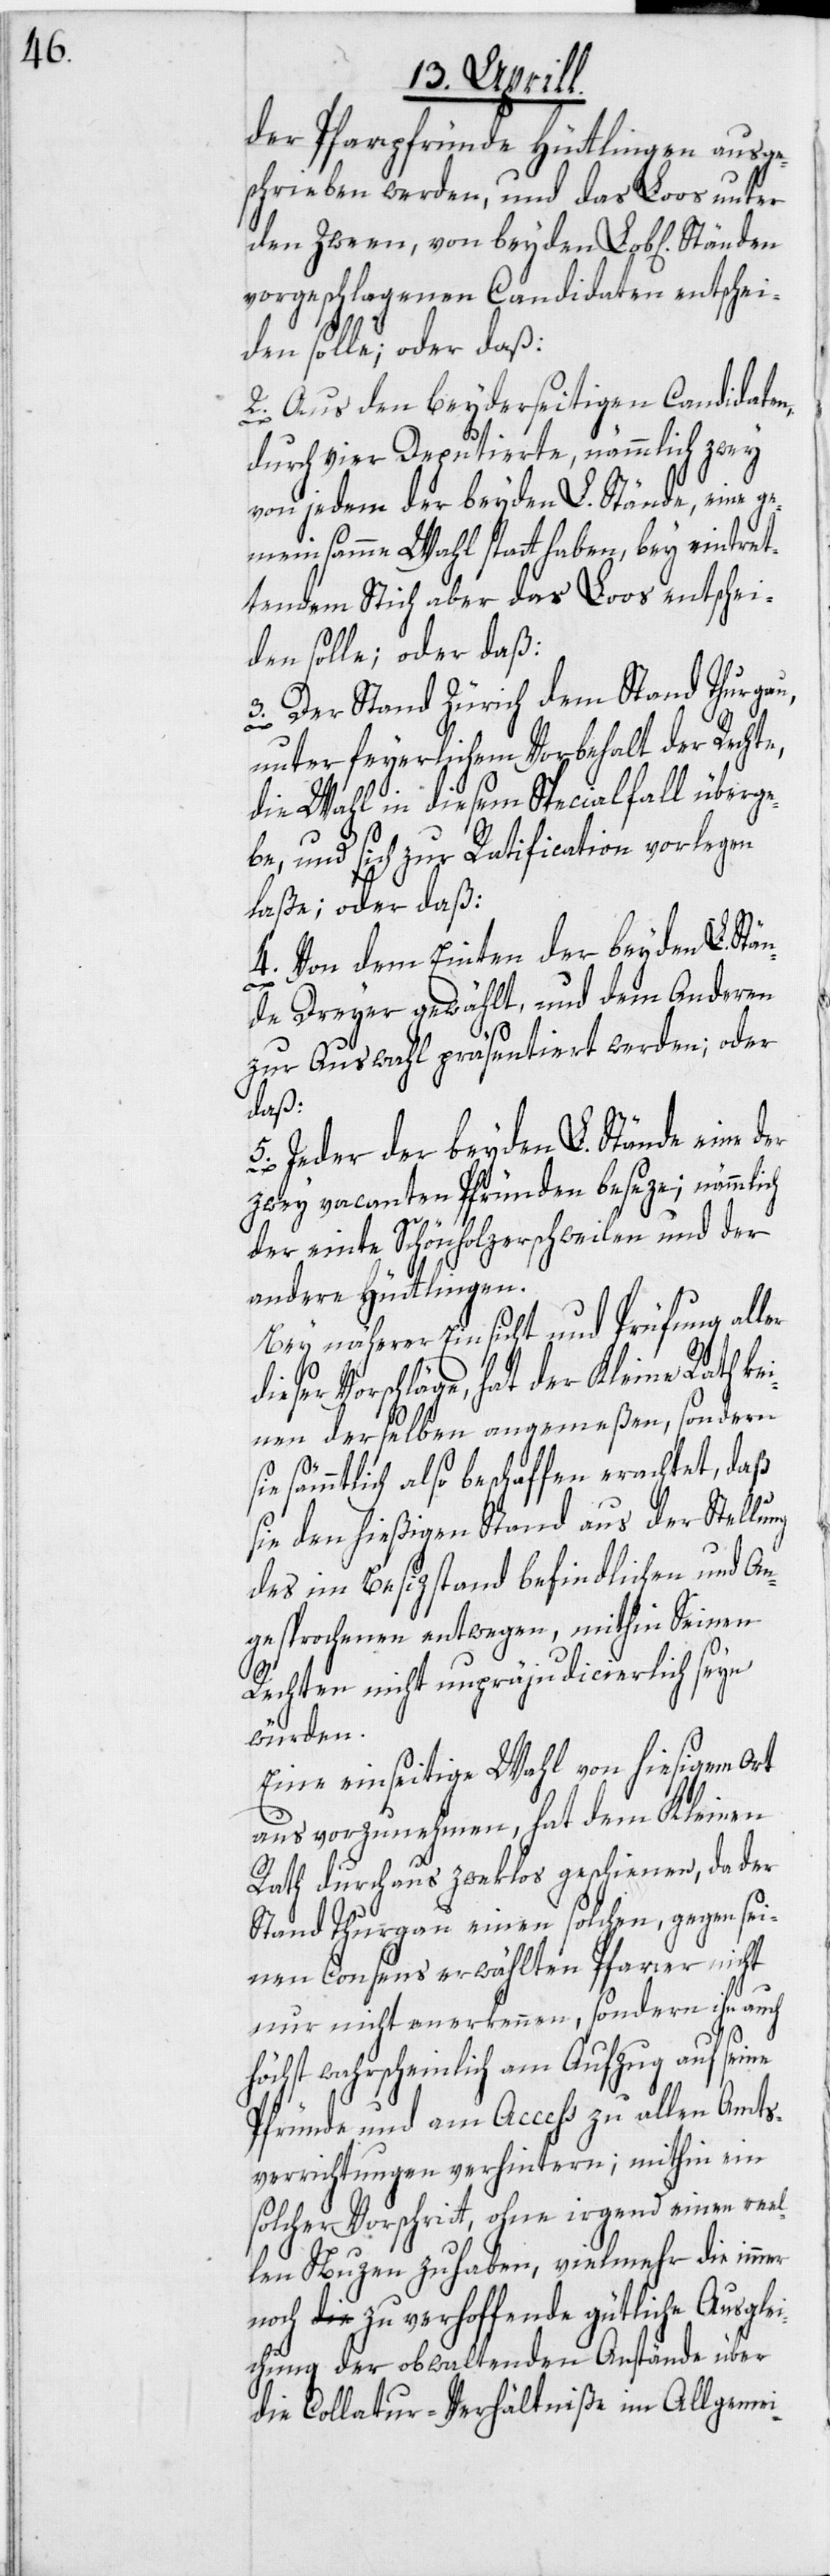
der Pfarrpfründe Hüttlingen ausge¬
schrieben werden, und das Loos unter
den Zween, von beyden Lob[lichen]
vorgeschlagenen Candidaten entschei¬
den solle; oder daß:
2. Aus den beyderseitigen Candidaten,
durch vier Deputierte, nämmlich zwey
von jedem der beyden L. Stände, eine ge¬
meinsamme Wahl statthaben, bey eintret¬
tendem Stich aber das Loos entschei¬
den solle; oder daß:
3. Der Stand Zürich dem Stand Thurgau,
unter feyerlichem Vorbehalt der Rechte,
die Wahl in diesem Specialfall überge¬
be, und sich zur Ratification vorlegen
laße; oder daß:
4. Von dem Einten der beyden L. Stä¬
nde Dreyer gewählt, und dem Anderen
zur Auswahl präsentiert werden; oder
daß:
5. Jeder der beyden L. Stände eine
zwey vacanten Pfründen beseze; nämmlich
der einte Schönholzerschweilen und der
andere Hüttlingen.
Bey näherer Einsicht und Prüfung aller
dieser Vorschläge, hat der Kleine Rath k¬
einen derselben angemeßen, sondern
sämmtlich also beschaffen erachtet, daß
sie den hießigen Stand aus der Stellung
des im Besizstand befindlichen und An¬
gesprochenen entwegen, mithin Seinen
Rechten nicht unpräjudicierlich seyn
würden.
Eine einseitige Wahl von hiesigem Ort
aus vorzunehmen, hat dem Kleinen
Rath durchaus zweklos geschienen, da der
Stand Thurgau einen solchen, gegen sei¬
nen Consens erwählten Pfarrer nicht
nur nicht anerkennen, sondern ihn auch
höchst wahrscheinlich am Aufzug auf seine
Pfründe und am Access zu allen Amts¬
verrichtungen verhintern; mithin ein
solcher Vorschritt, ohne irgend einen reel¬
len Nuzen zu haben, vielmehr die immer
noch zu verhoffende gütliche Ausgl¬
eichung der obwaltenden Anstände über
die Collatur-Verhältniße im Allgemei-